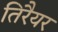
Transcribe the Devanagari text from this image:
तिरैयर